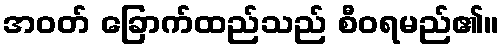
အဝတ် ခြောက်ထည်သည် စီဝရမည်၏။